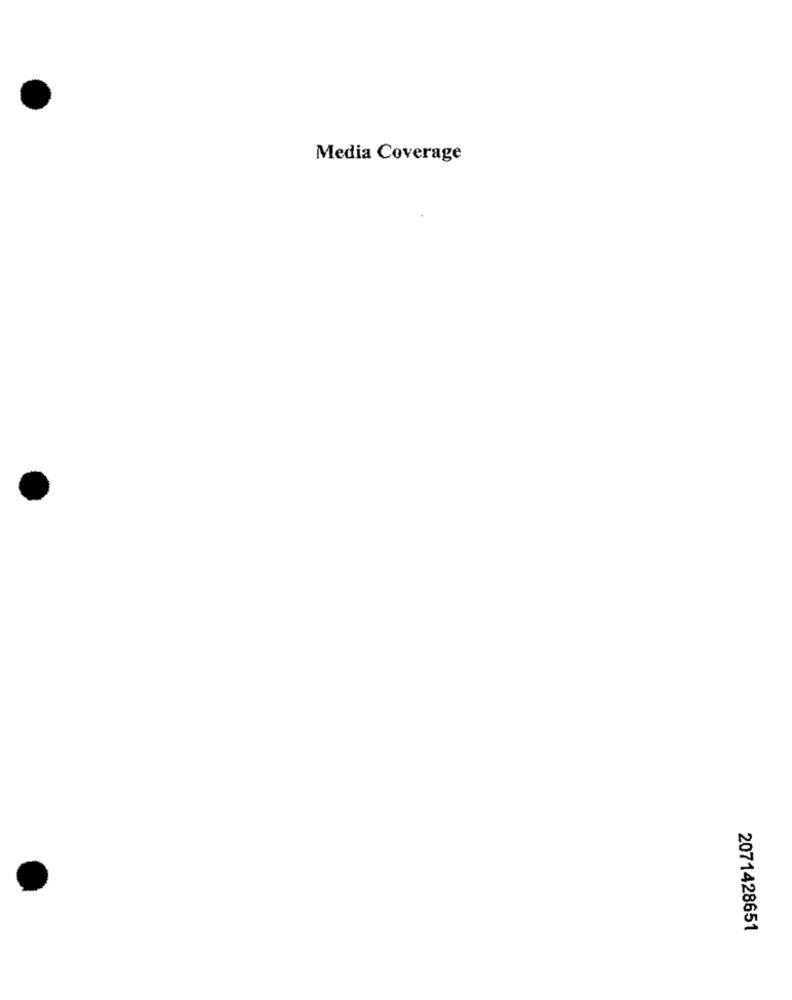
Media Coverage
2071428651